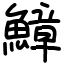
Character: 鱆